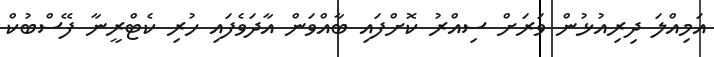
އަމިއްލަ ދިރިއުޅުން ވަރަށް ސިއްރު ކޮށްފައި ބާއްވަން އާދަވެފައި ހުރި ކެޓްރީނާ ފޭސްބުކް